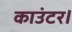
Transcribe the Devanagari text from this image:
काउंटर।